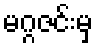
မဂ္ဂဇင်းမှ